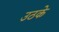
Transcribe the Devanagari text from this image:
उठके